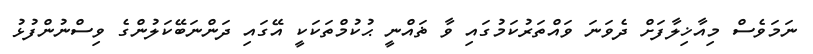
ނަމަވެސް މިއާޚިލާފަށް ދެވަނަ ވައްތަރުކަމުގައި ވާ ޡައްނީ ޙުކުމްތަކަކީ އޭގައި ދަންނަބޭކަލުންގެ ވިސްނުންފުޅު